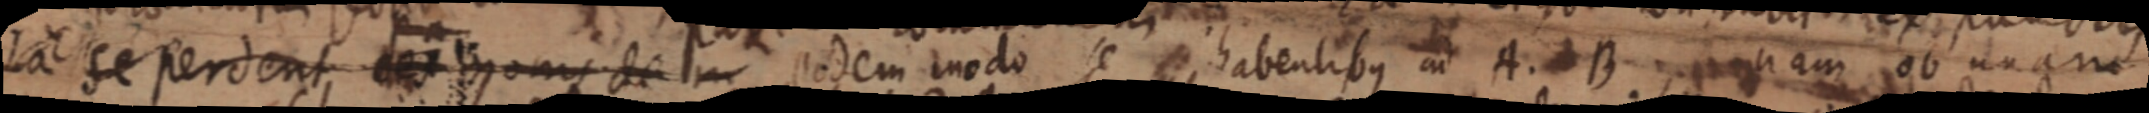
La se perdent, ex _ ons de m eodem modo se ae habentibus in A. B nam ab unam